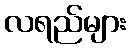
လရည်များ